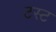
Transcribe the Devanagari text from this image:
टस्ट